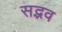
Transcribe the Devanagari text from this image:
सद्भव